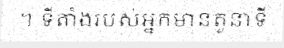
។ ទីតាំងរបស់អ្នកមានតួនាទី